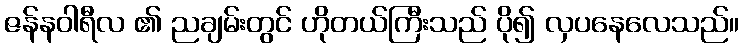
ဇန်နဝါရီလ ၏ ညချမ်းတွင် ဟိုတယ်ကြီးသည် ပို၍ လှပနေလေသည်။